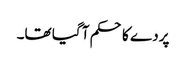
پردے کا حکم آ گیا تھا۔